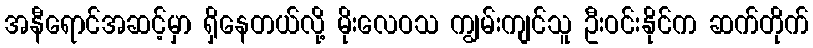
အနီရောင်အဆင့်မှာ ရှိနေတယ်လို့ မိုးလေဝသ ကျွမ်းကျင်သူ ဦးဝင်းနိုင်က ဆက်တိုက်